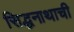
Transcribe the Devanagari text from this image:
सिद्धनाथाची